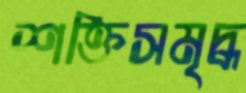
শক্তিসমৃদ্ধ